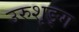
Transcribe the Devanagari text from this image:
उरुशृङ्ग